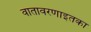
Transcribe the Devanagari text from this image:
वातावरणाइतका